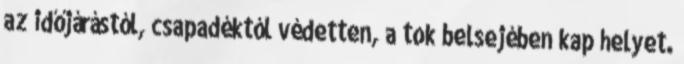
az időjárástól, csapadéktól védetten, a tok belsejében kap helyet.